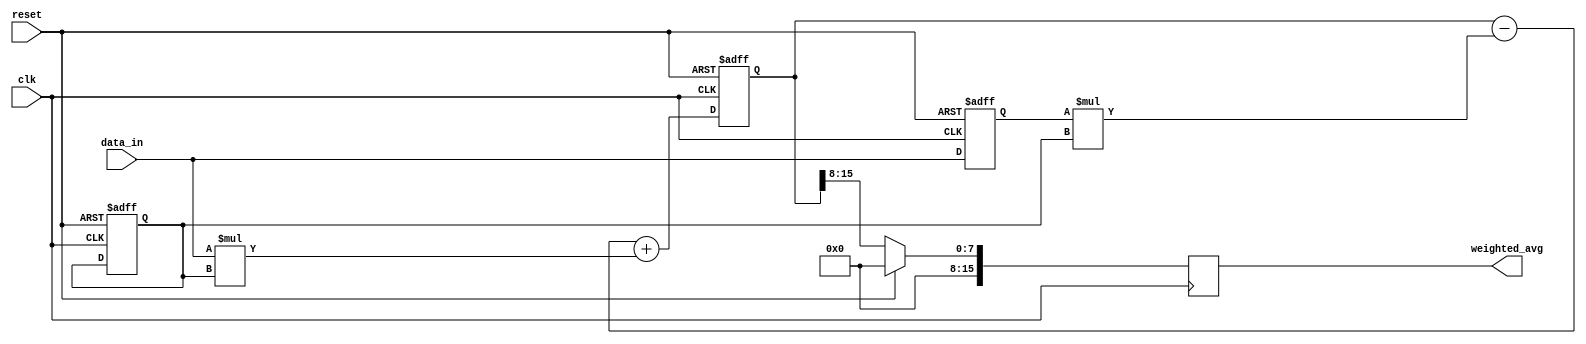
module weighted_moving_average_accumulator (
    input clk,
    input reset,
    input [7:0] data_in,
    output reg [15:0] weighted_avg
);

reg [15:0] weighted_sum;
reg [7:0] data_prev;
reg [7:0] weight;

always @(posedge clk or posedge reset) begin
    if (reset) begin
        weighted_sum <= 0;
        data_prev <= 0;
        weight <= 0;
    end else begin
        weighted_sum <= (weighted_sum - data_prev * weight) + data_in * weight;
        data_prev <= data_in;
    end
end

always @(posedge clk) begin
    if (reset) begin
        weighted_avg <= 0;
    end else begin
        weighted_avg <= weighted_sum >> 8; // Assuming weights are in the range of 0-255
    end
end

endmodule